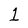
Character: 1